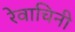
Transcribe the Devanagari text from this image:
रेवाचिनी